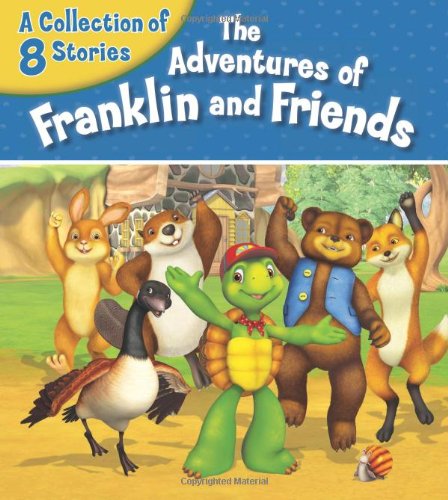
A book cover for The Adventures of Franklin and Friends: A Collection of 8 Stories; Children's Books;